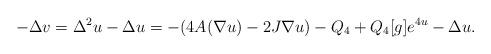
LaTeX: \begin{align*}-\Delta v = \Delta^2 u - \Delta u = - (4A(\nabla u) -2J\nabla u) - Q_4 + Q_4[g]e^{4u} - \Delta u.\end{align*}